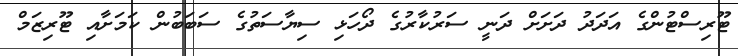
ޓޫރިސްޓުންގެ އަދަދު ދަށަށް ދަނީ ސަރުކާރުގެ ދޯހަޅި ސިޔާސަތުގެ ސަބަބުން ކަމަށާއި ޓޫރިޒަމް